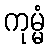
ကုမ္မံ